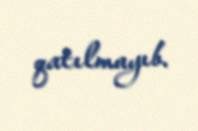
qatılmayıb.